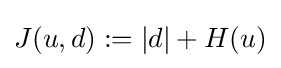
J(u,d):=|d|+H(u)